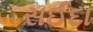
સઈદા